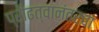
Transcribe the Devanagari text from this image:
प्रौढत्वानंतरचा